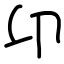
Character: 卬